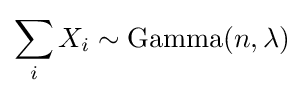
\sum _{i}X_{i}\sim \operatorname {Gamma} (n,\lambda )